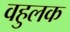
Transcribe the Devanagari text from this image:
वहुलक